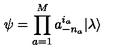
\psi = \prod _ { a = 1 } ^ { M } a _ { - n _ { a } } ^ { i _ { a } } | \lambda \rangle